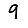
Digit: 9